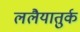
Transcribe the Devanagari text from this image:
ललैयातुर्क